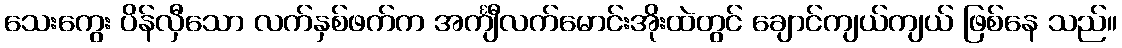
သေးကွေး ပိန်လှီသော လက်နှစ်ဖက်က အင်္ကျီလက်မောင်းအိုးထဲတွင် ချောင်ကျယ်ကျယ် ဖြစ်နေ သည်။